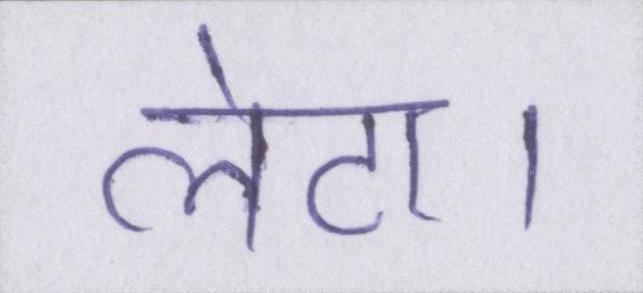
लेटा।